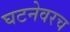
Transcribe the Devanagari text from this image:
घटनेवरच